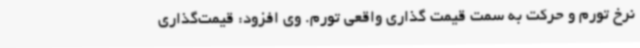
نرخ تورم و حرکت به سمت قیمت گذاری واقعی تورم. وی افزود: قیمت‌گذاری